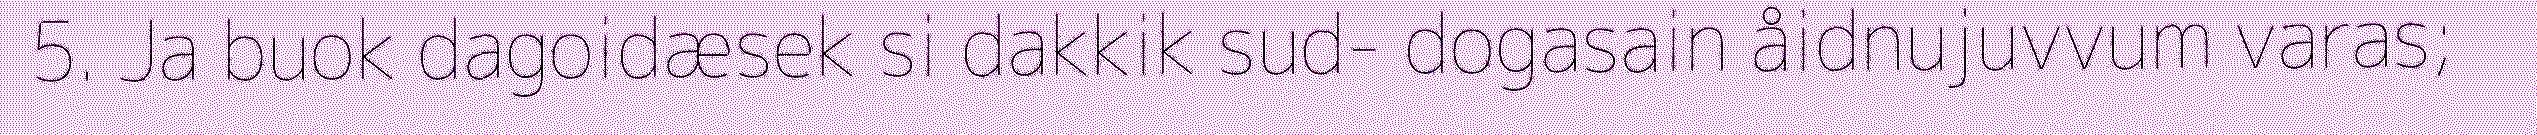
5. Ja buok dagoidæsek si dakkik sud- dogasain åidnujuvvum varas;